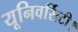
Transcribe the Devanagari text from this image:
यूनिवर्सिटी।